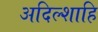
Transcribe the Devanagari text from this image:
अदिल्शाहि